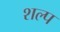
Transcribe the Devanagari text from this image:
शल्प